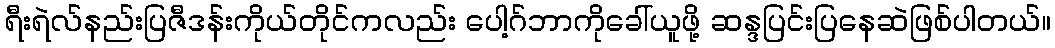
ရီးရဲလ်နည်းပြဇီဒန်းကိုယ်တိုင်ကလည်း ပေါ့ဂ်ဘာကိုခေါ်ယူဖို့ ဆန္ဒပြင်းပြနေဆဲဖြစ်ပါတယ်။